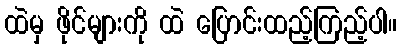
ထဲမှ ဖိုင်များကို ထဲ ပြောင်းထည့်ကြည့်ပါ။